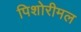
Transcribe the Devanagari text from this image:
पिशोरीमल